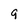
Character: 9